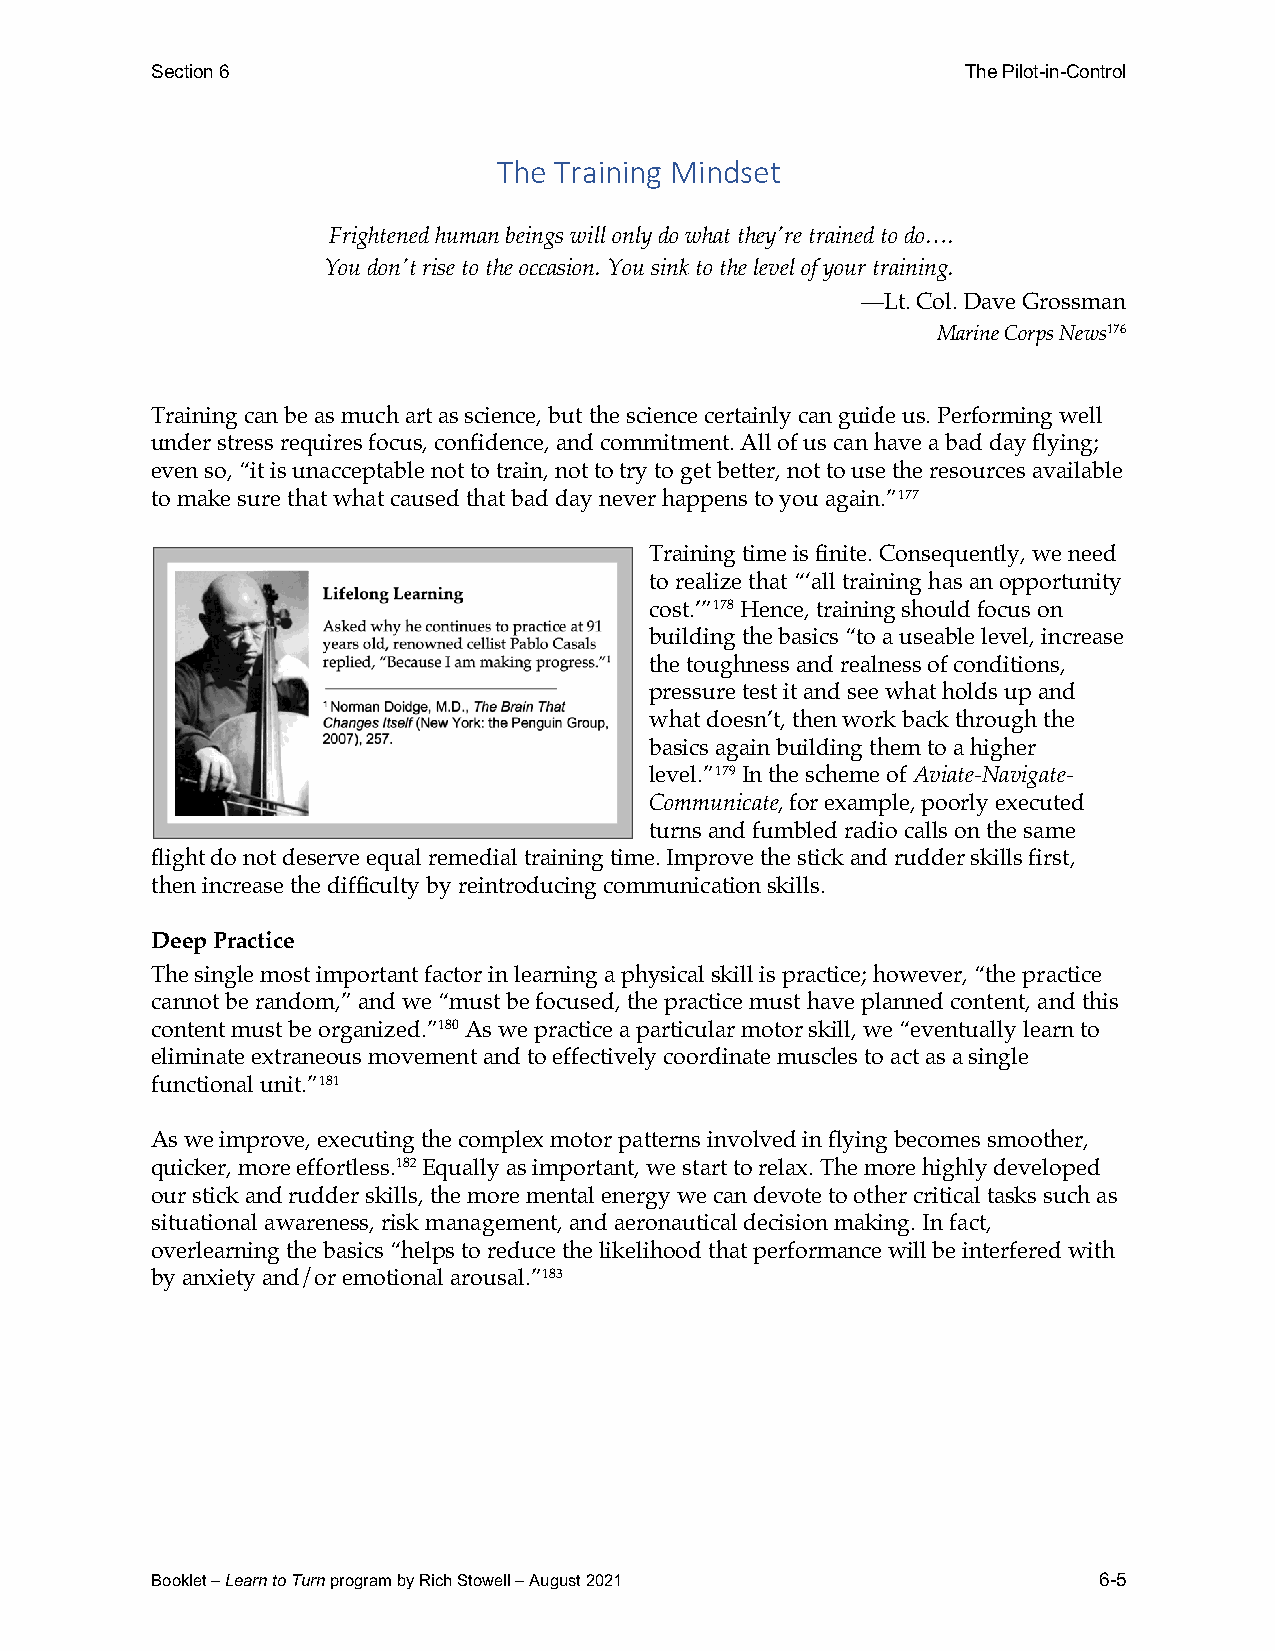
Section 6                                             The Pilot-in-Control
 The Training Mindset
 Frightened human beings will only do what they're trained to do….
 You don't rise to the occasion. You sink to the level of your training.
 —Lt. Col. Dave Grossman
 Marine Corps News176
 Training can be as much art as science, but the science certainly can guide us. Performing well
 under stress requires focus, confidence, and commitment. All of us can have a bad day flying;
 even so, “it is unacceptable not to train, not to try to get better, not to use the resources available
 to make sure that what caused that bad day never happens to you again.”177
 Training time is finite. Consequently, we need
 to realize that “‘all training has an opportunity
 cost.’”178 Hence, training should focus on
 building the basics “to a useable level, increase
 the toughness and realness of conditions,
 pressure test it and see what holds up and
 what doesn’t, then work back through the
 basics again building them to a higher
 level.”179 In the scheme of Aviate-Navigate-
 Communicate, for example, poorly executed
 turns and fumbled radio calls on the same
 flight do not deserve equal remedial training time. Improve the stick and rudder skills first,
 then increase the difficulty by reintroducing communication skills.
 Deep Practice
 The single most important factor in learning a physical skill is practice; however, “the practice
 cannot be random,” and we “must be focused, the practice must have planned content, and this
 content must be organized.”180 As we practice a particular motor skill, we “eventually learn to
 eliminate extraneous movement and to effectively coordinate muscles to act as a single
 functional unit.”181
 As we improve, executing the complex motor patterns involved in flying becomes smoother,
 quicker, more effortless.182 Equally as important, we start to relax. The more highly developed
 our stick and rudder skills, the more mental energy we can devote to other critical tasks such as
 situational awareness, risk management, and aeronautical decision making. In fact,
 overlearning the basics “helps to reduce the likelihood that performance will be interfered with
 by anxiety and/or emotional arousal.”183
 Booklet – Learn to Turn program by Rich Stowell – August 2021  6-5